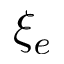
\xi _ { e }